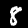
Digit: 8